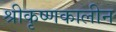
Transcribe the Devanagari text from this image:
श्रीकृष्णकालीन